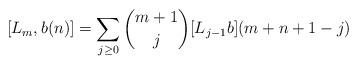
LaTeX: \begin{align*}[L_m, b(n)] = \sum_{j \geq 0} \binom{m+1}{j} [L_{j-1}b](m+n+1-j)\end{align*}